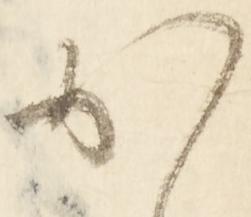
か